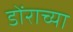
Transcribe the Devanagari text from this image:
डोंराच्या